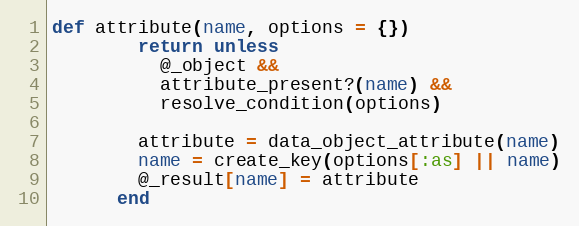
Language: Ruby
def attribute(name, options = {})
        return unless
          @_object &&
          attribute_present?(name) &&
          resolve_condition(options)

        attribute = data_object_attribute(name)
        name = create_key(options[:as] || name)
        @_result[name] = attribute
      end